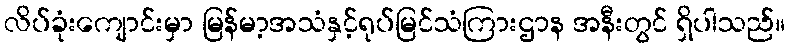
လိပ်ခုံးကျောင်းမှာ မြန်မာ့အသံနှင့်ရုပ်မြင်သံကြားဌာန အနီးတွင် ရှိပါသည်။